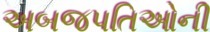
અબજપતિઓની